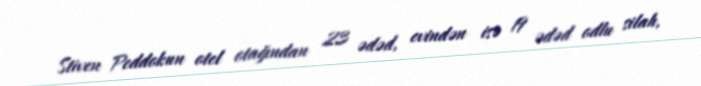
Stiven Peddokun otel otağından 23 ədəd, evindən isə 19 ədəd odlu silah,